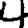
Digit: 4